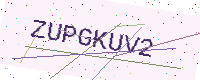
Text: ZUPGKUV2